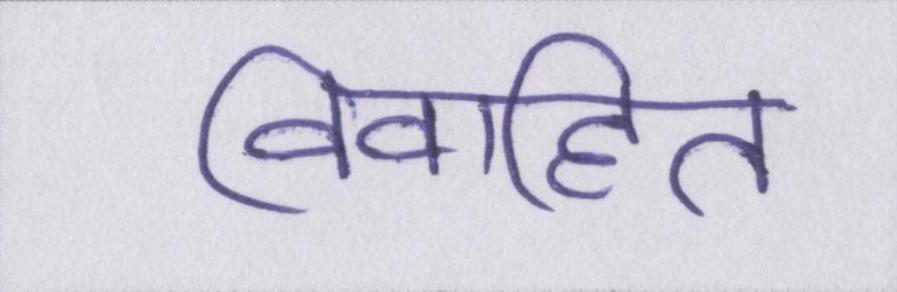
विवाहित